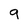
Character: 9